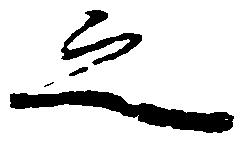
之